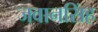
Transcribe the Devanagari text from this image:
जवानसिंह